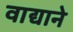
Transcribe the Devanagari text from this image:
वाद्याने